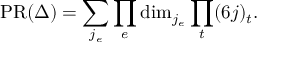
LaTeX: \mathrm { P R } ( \Delta ) = \sum _ { j _ { e } } \prod _ { e } \mathrm { d i m } _ { j _ { e } } \prod _ { t } ( 6 j ) _ { t } .